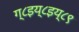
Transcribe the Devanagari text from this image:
ग्८इय्८इय्८९